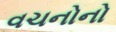
વચનોનો